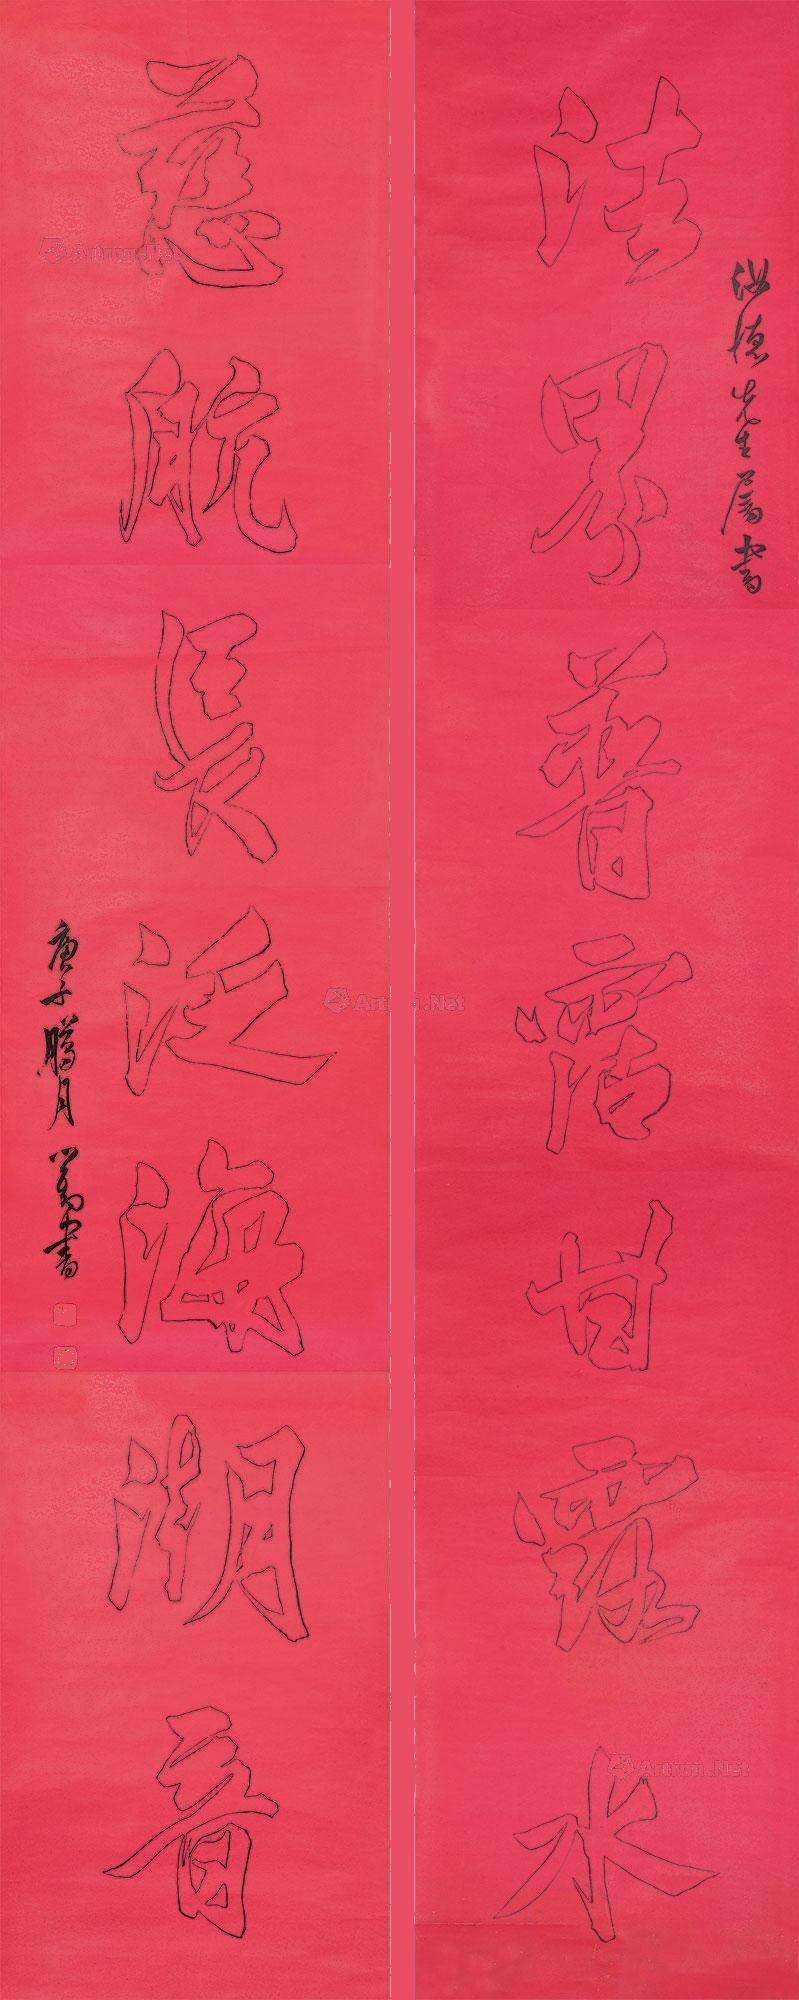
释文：法界普沾甘露水，慈航长泛海湖音。汝德先生属书，庚子胜月，心畬书。